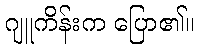
ဂျူကိန်းက ပြော၏။